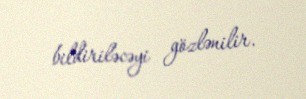
bildiriləcəyi gözlənilir.